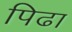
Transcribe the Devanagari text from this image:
पिढा